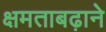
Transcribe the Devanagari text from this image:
क्षमताबढ़ाने